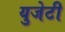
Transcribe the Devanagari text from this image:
युजेटी